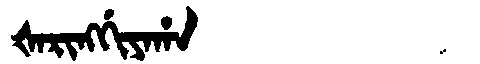
Manchu: ᡧᠠᡵᡳᠩᡤᡳᠶᠠᡥᠠ
Romanization: ŠARINGGIYAHA